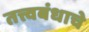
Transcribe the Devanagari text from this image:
तत्त्वबंधाचे